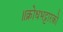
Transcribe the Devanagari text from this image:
॥क्रोधभट्टारको